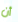
أن